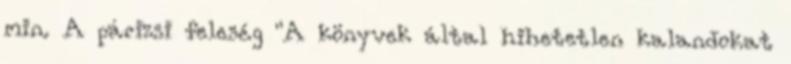
min. A párizsi feleség "A könyvek által hihetetlen kalandokat